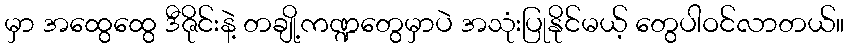
မှာ အထွေထွေ ဒီဇိုင်းနဲ့ တချို့ကဏ္ဍတွေမှာပဲ အသုံးပြုနိုင်မယ့် တွေပါဝင်လာတယ်။